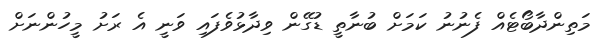
މަތިންދާބޯޓެއް ފެނުނު ކަމަށް ބުނާތީ ޑުގޭން ވިދާޅުވެފައި ވަނީ އެ ރަށު މީހުންނަށް